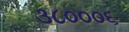
૩૮૦૦૦૬